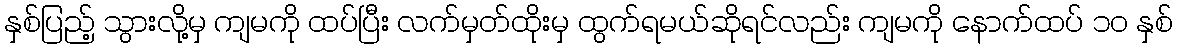
နှစ်ပြည့် သွားလို့မှ ကျမကို ထပ်ပြီး လက်မှတ်ထိုးမှ ထွက်ရမယ်ဆိုရင်လည်း ကျမကို နောက်ထပ် ၁ဝ နှစ်